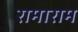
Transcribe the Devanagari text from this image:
रामाराम